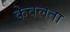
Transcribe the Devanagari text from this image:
केवलता